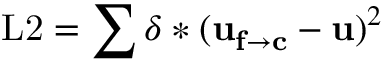
\mathrm { L 2 } = \sum \delta * ( \mathbf { u _ { f \rightarrow c } } - \mathbf { u } ) ^ { 2 }